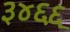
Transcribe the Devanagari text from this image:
३४६६